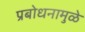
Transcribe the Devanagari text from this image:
प्रबोधनामुळे